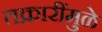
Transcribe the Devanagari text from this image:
तक्रारींमुळे